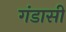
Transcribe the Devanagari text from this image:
गंडासी